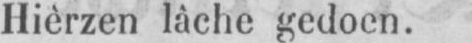
Hièrzen làche gedoen.